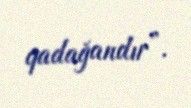
qadağandır”.